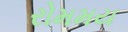
રોમમય